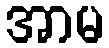
အာမ